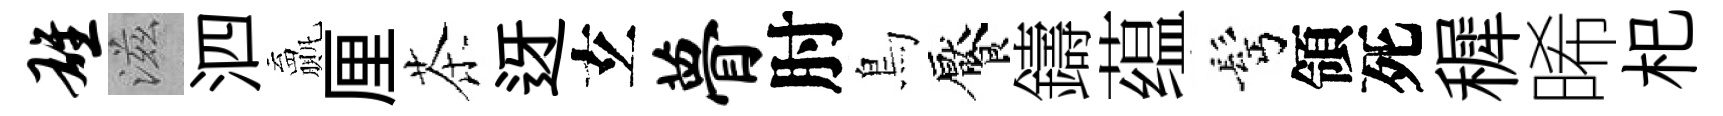
雄滋泗贏厘茶迓𤣥瞢肘鳥饜鑄蕴髩領死穉晞𣏌